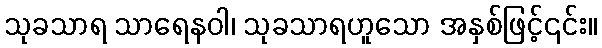
သုခသာရ သာရေနဝါ၊ သုခသာရဟူသော အနှစ်ဖြင့်၎င်း။